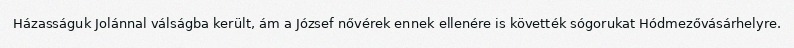
Házasságuk Jolánnal válságba került, ám a József nővérek ennek ellenére is követték sógorukat Hódmezővásárhelyre.